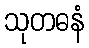
သုတဓနံ